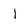
Character: I